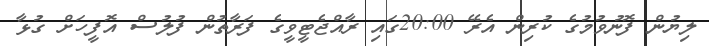
ލިޔުން ފޮނުވުމުގެ ކުރިން އެރޭ 20:00ގައި ރާއްޖެޓީވީގެ ފަރާތުން ފުލުސް އޮފީހަށް ގުޅާ